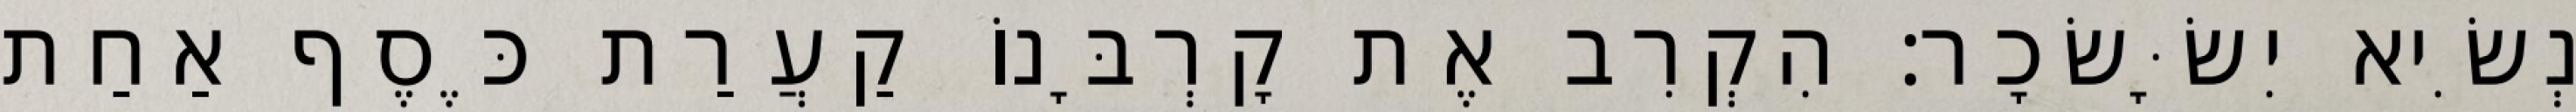
נְשִׂיא יִשָּׂשׂכָר׃ הִקְרִב אֶת קָרְבָּנוֹ קַעֲרַת כֶּסֶף אַחַת